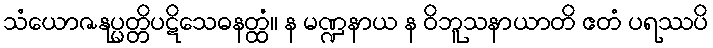
သံယောဇနုပ္ပတ္တိပဋိသေဓနတ္ထံ။ န မဏ္ဍနာယ န ဝိဘူသနာယာတိ ဧတံ ပရဿပိ